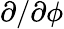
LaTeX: \partial/\partial\phi